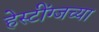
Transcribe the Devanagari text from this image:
हेस्टींग्जच्या